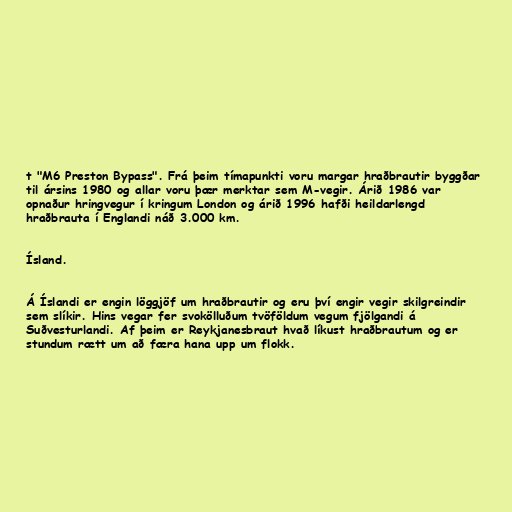
t "M6 Preston Bypass". Frá þeim tímapunkti voru margar hraðbrautir byggðar
til ársins 1980 og allar voru þær merktar sem M-vegir. Árið 1986 var
opnaður hringvegur í kringum London og árið 1996 hafði heildarlengd
hraðbrauta í Englandi náð 3.000 km.

Ísland.

Á Íslandi er engin löggjöf um hraðbrautir og eru því engir vegir skilgreindir
sem slíkir. Hins vegar fer svokölluðum tvöföldum vegum fjölgandi á
Suðvesturlandi. Af þeim er Reykjanesbraut hvað líkust hraðbrautum og er
stundum rætt um að færa hana upp um flokk.